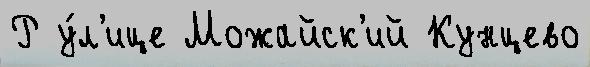
Р у́л'ице Можайск'ий Кунцево